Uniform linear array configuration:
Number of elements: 64
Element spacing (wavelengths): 1
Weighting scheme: binomial
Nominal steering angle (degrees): -60
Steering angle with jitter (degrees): -59.786
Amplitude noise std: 0.05
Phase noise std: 0.05

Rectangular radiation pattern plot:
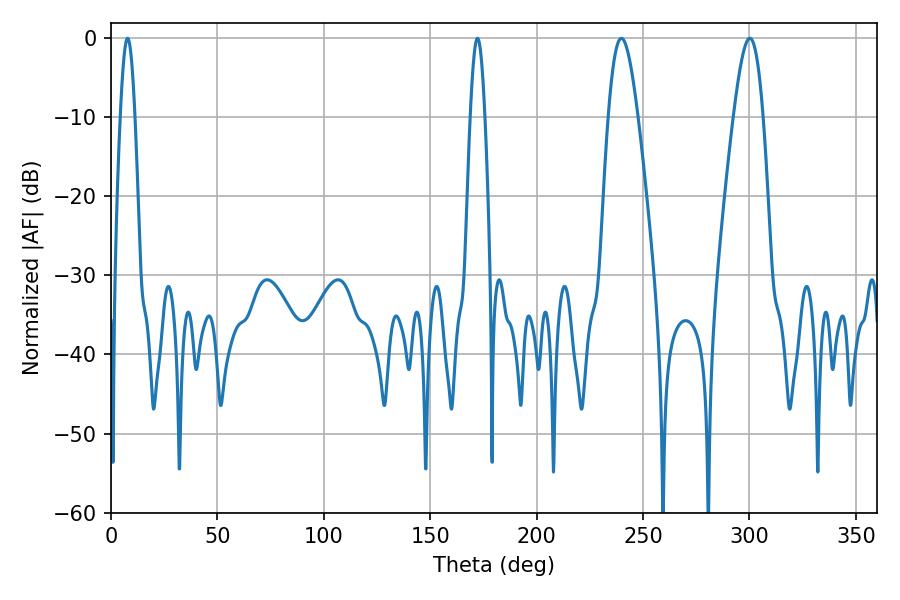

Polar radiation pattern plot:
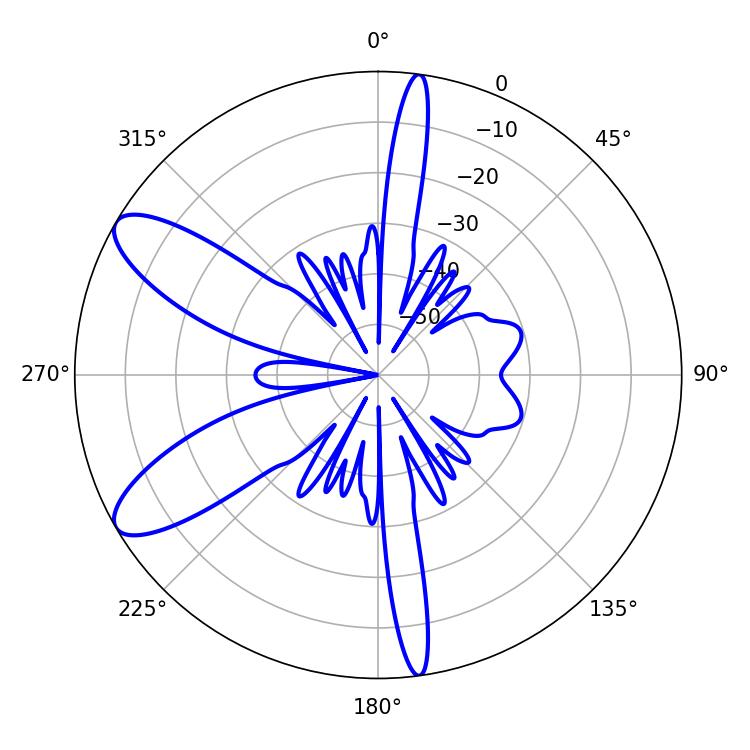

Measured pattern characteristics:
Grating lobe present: TRUE
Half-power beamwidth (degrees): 7.38
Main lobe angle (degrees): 300.24